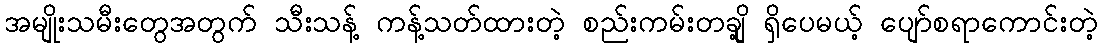
အမျိုးသမီးတွေအတွက် သီးသန့် ကန့်သတ်ထားတဲ့ စည်းကမ်းတချို့ ရှိပေမယ့် ပျော်စရာကောင်းတဲ့